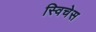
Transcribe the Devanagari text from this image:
स्विचेस